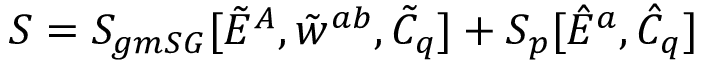
S = S _ { g m S G } [ \tilde { E } ^ { A } , \tilde { w } ^ { a b } , \tilde { C } _ { q } ] + S _ { p } [ \hat { E } ^ { a } , \hat { C } _ { q } ] \;